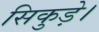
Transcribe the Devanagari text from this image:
सिकुड़े।